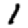
Digit: 1